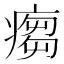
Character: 𱱠